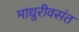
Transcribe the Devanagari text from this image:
माधुरीवसंत